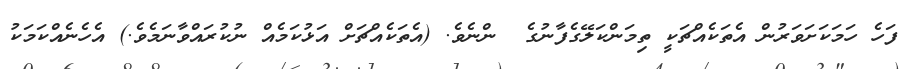
ފަހެ ހަމަކަށަވަރުން އެތަކެއްޗަކީ ތިމަންކަލޭގެފާނުގެ  ންނެވެ. (އެތަކެއްޗަށް އަޅުކަމެއް ނުކުރައްވާނަމެވެ.) އެހެނެއްކަމަކު